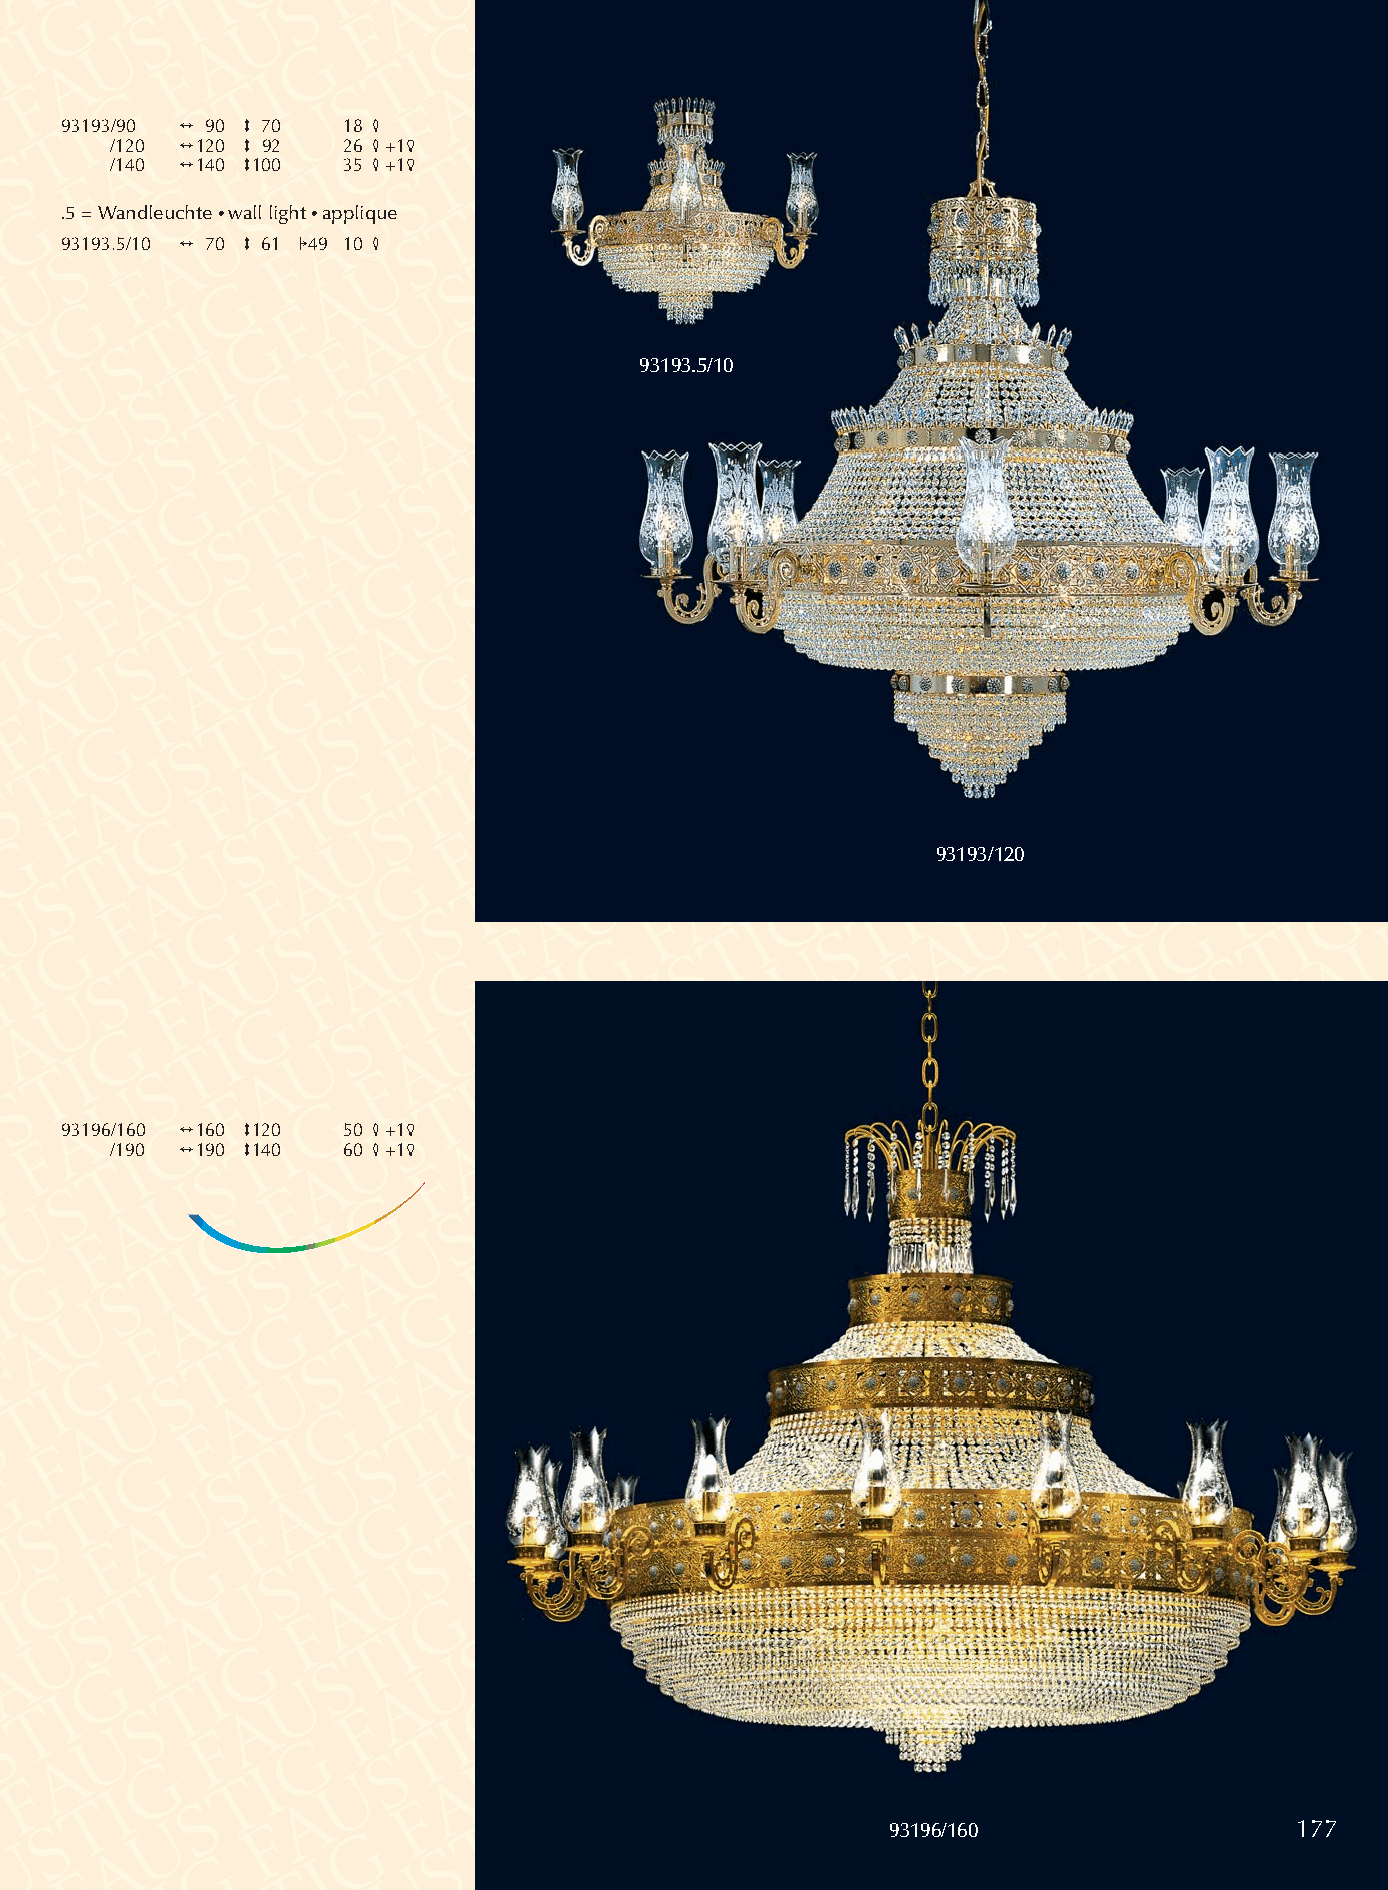
93193/90 2 90 3 70 18 4
 /120 2120 3 92  26 4+15
 /140 2140 3100  35 4+15
 .5 = Wandleuchte •wall light •applique
 93193.5/10 2 70 3 61 149 10 4
 93193.5/10
 93193/120
 93196/160 2160 3120 50 4+15
 /190 2190 3140  60 4+15
 93196/160                  177